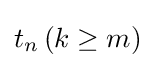
t_{n}\,(k\geq m)